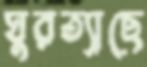
ঘুরত্যাছে